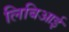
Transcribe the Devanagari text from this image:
लिबिआई